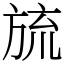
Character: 旈